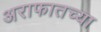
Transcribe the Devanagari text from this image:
अराफातच्या